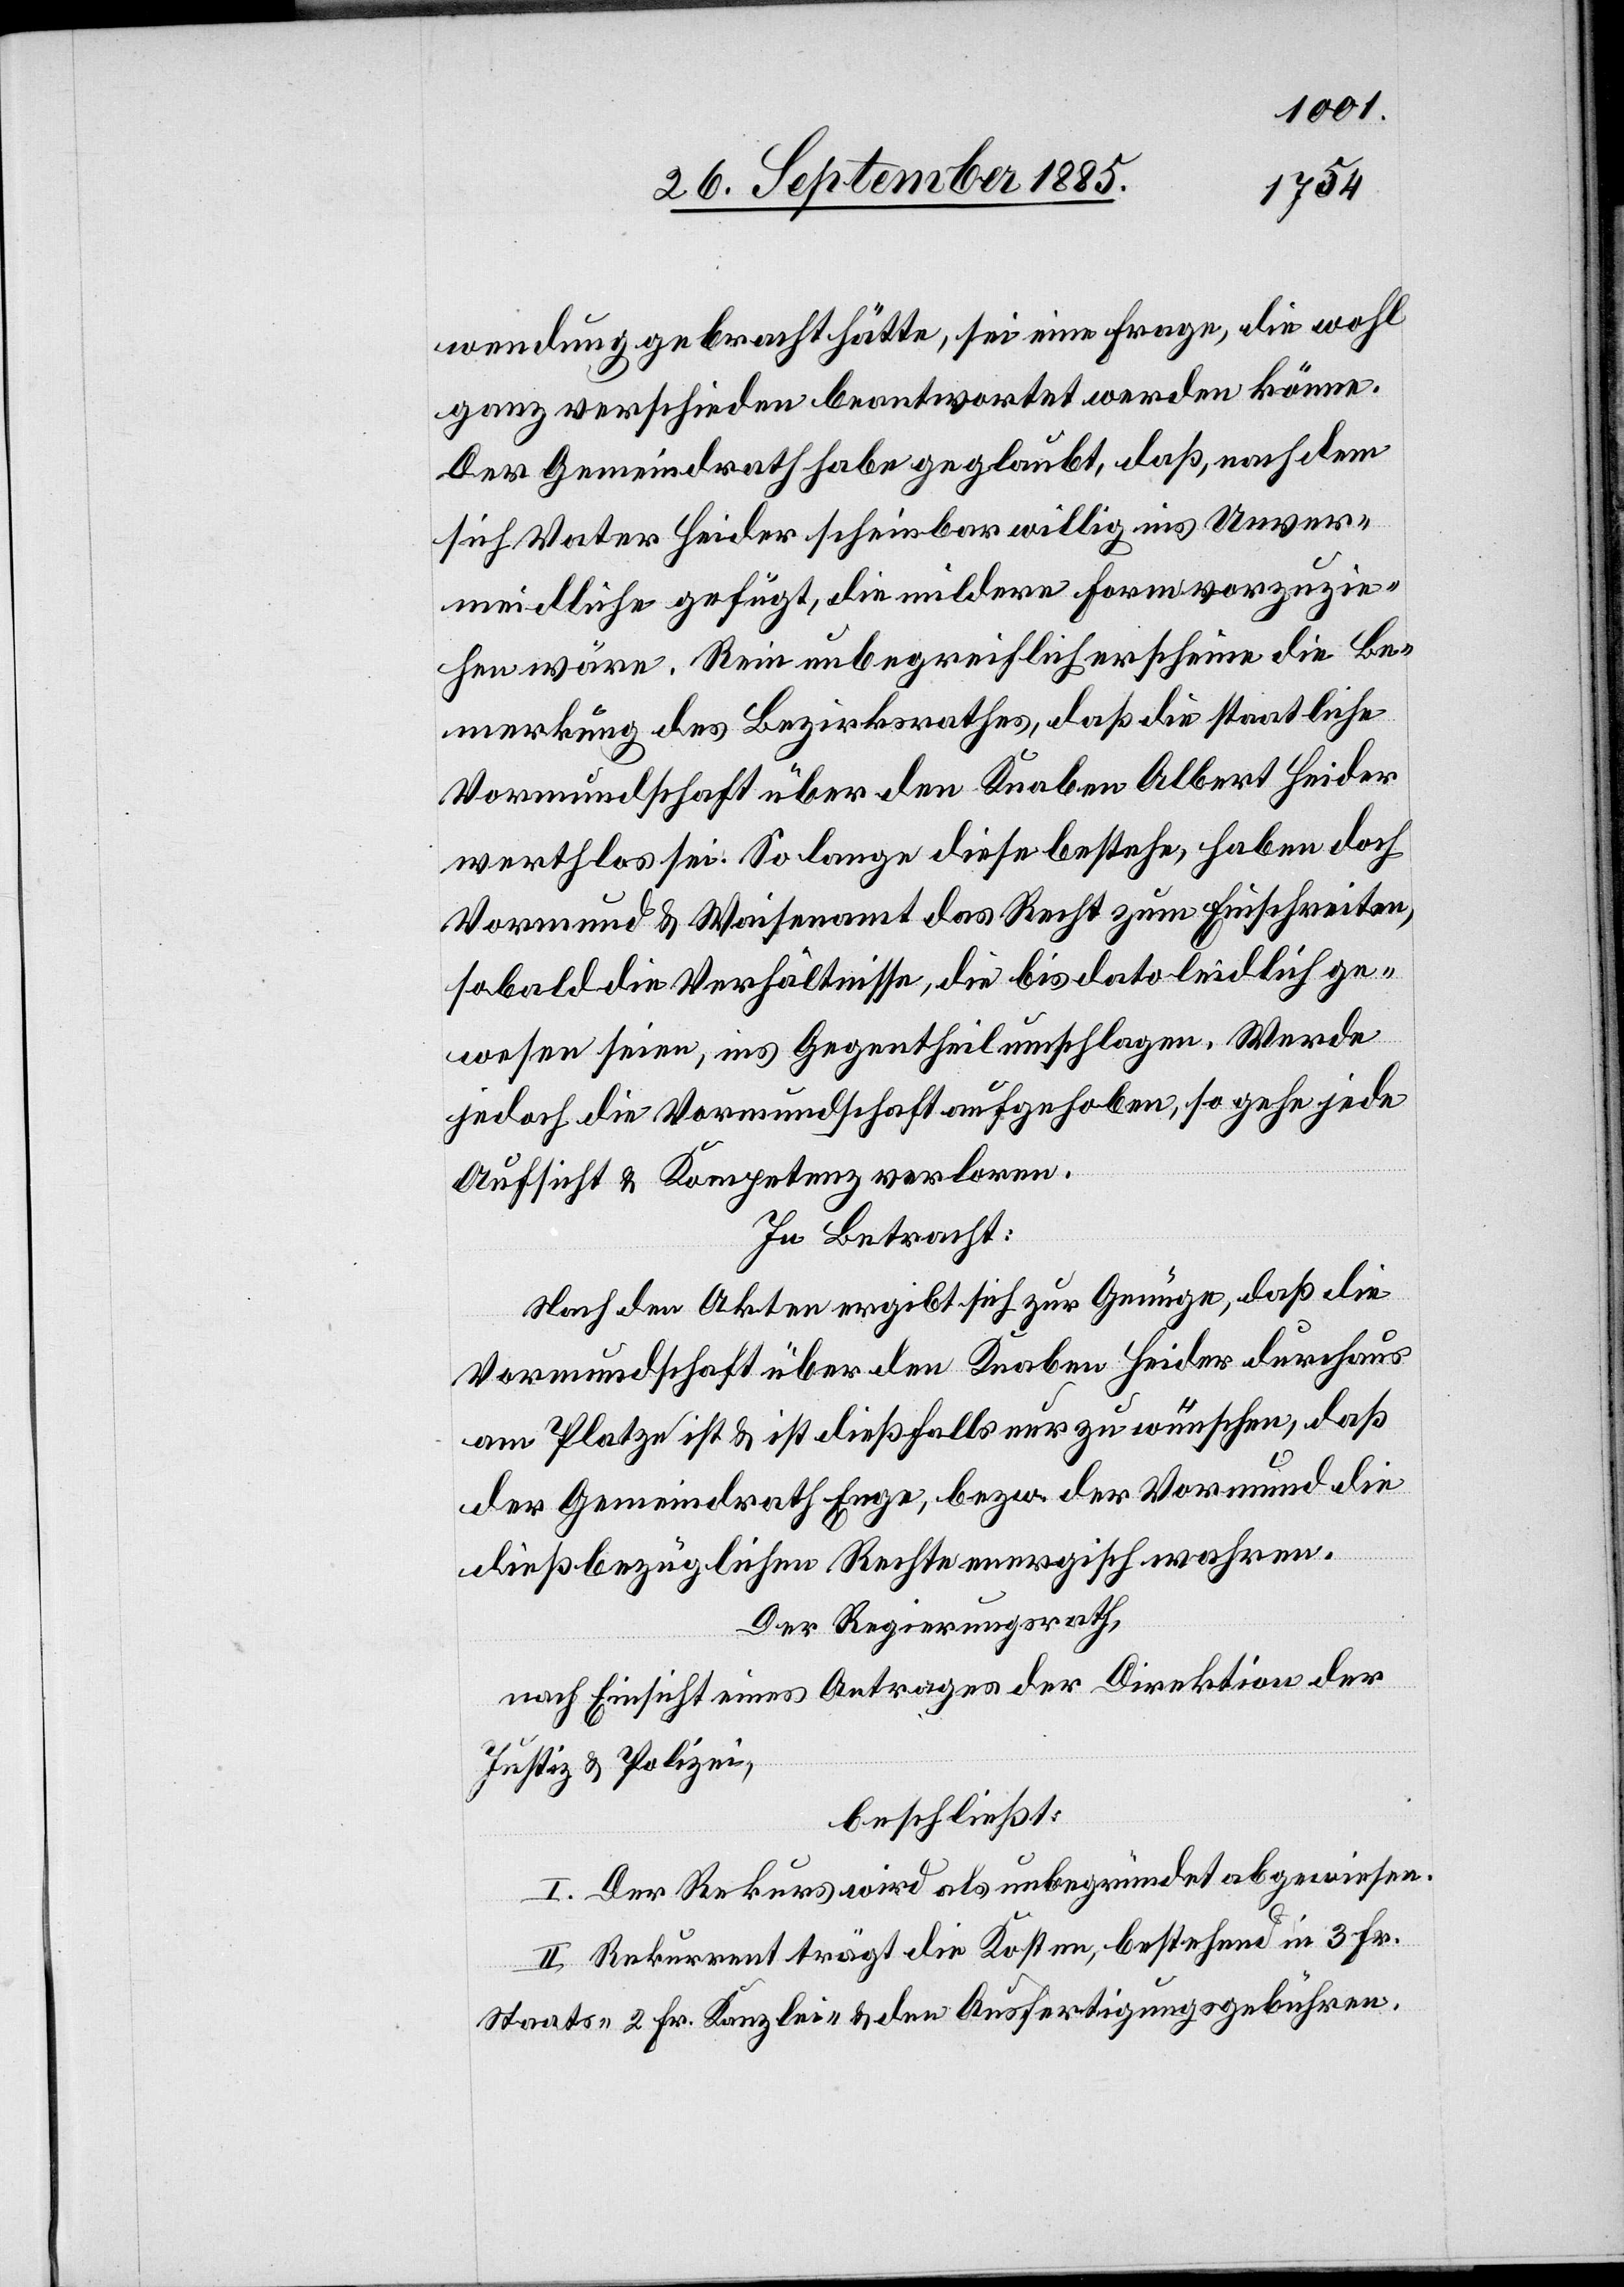
wendung gebracht hätte, sei eine Frage, die wohl
ganz verschieden beantwortet werden könne.
Der Gemeindrath habe geglaubt, daß nachdem
sich Vater Heider scheinbar willig ins Unver¬
meidliche gefügt, die mildere Form vorzuzie¬
hen wäre. Rein unbegreiflich erscheine die Be¬
merkung des Bezirksrathes, daß die staatliche
Vormundschaft über den Knaben Albert Heider
werthlos sei. So lange diese bestehe, haben doch
Vormund & Waisenamt das Recht zum Einschreiten,
sobald die Verhältnisse, die bis dato leidlich ge¬
wesen seien, ins Gegentheil umschlagen. Werde
jedoch die Vormundschaft aufgehoben, so gehe jede
Aufsicht & Kompetenz verloren.
In Betracht:
Nach den Akten ergibt sich zur Genüge, daß die
Vormundschaft über den Knaben Heider durchaus
am Platze ist & ist dießfalls nur zu wünschen, daß
der Gemeindrath Enge, bezw. der Vormund die
dießbezüglichen Rechte energisch wahren.
Der Regierungsrath,
nach Einsicht eines Antrages der Direktion der
Justiz & Polizei,
beschließt:
I. Der Rekurs wird als unbegründet abgewiesen.
II. Rekurrent trägt die Kosten, bestehend in 3 Fr.
Staats-[,] 2 Fr. Kanzlei- & den Ausfertigungsgebühren.